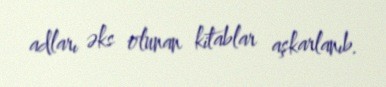
adları əks olunan kitablar aşkarlanıb.